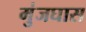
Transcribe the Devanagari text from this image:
मुंजघास